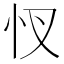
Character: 㣾